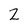
Character: 2